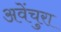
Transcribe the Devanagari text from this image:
अवेंचुरा